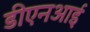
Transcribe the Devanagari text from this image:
डीएनआई